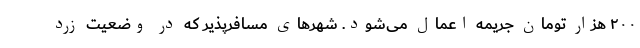
۲۰۰ هزار تومان جریمه اعمال می‌شود. شهرهای مسافرپذیر که در وضعیت زرد